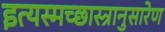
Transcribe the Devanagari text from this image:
इत्यस्मच्छास्त्रानुसारेण